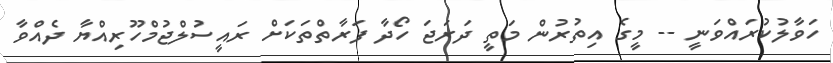
ހަވާލުކުރައްވަނީ -- މީގެ އިތުރުން މަތީ ދަރަޖަ ހޯދާ ފަރާތްތަކަށް ރައީސުލްޖުމްހޫރިއްޔާ ދެއްވާ